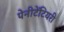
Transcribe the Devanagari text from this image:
पेनीटेंटियरी